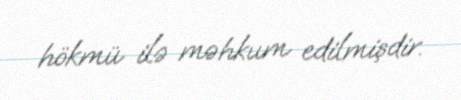
hökmü ilə məhkum edilmişdir.